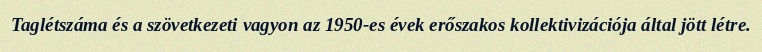
Taglétszáma és a szövetkezeti vagyon az 1950-es évek erőszakos kollektivizációja által jött létre.